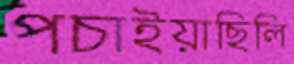
পচাইয়াছিলি